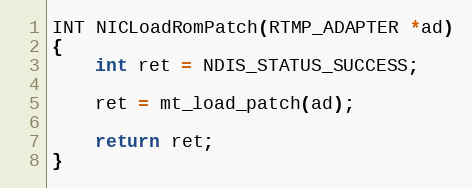
Language: C
INT NICLoadRomPatch(RTMP_ADAPTER *ad)
{
	int ret = NDIS_STATUS_SUCCESS;

	ret = mt_load_patch(ad);

	return ret;
}